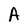
Character: A